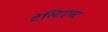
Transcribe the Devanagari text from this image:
टेस्टिएस्ट